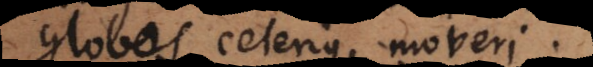
globos celerius moveri.